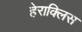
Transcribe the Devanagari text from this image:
हेराक्लिस